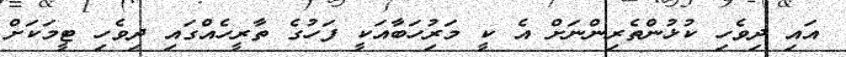
އައި ދިވެހި ކުޅުންތެރިންނަށް އެ ކީ މަރުިހަބާއަކީ ފަހުގެ ތާރީހެއްގައި ދިވެހި ޓީމަކަށް